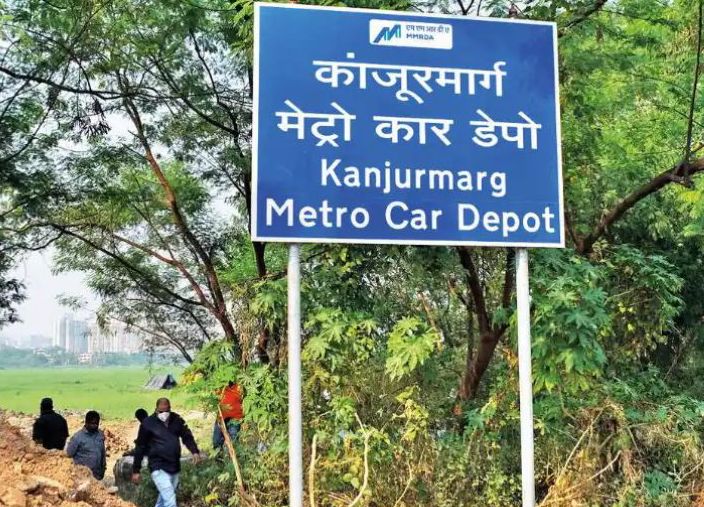
Language: marathi
Transcription: कांजूरमार्ग मेट्रो डेपो कार